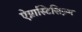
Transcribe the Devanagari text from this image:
ऐग्नास्टिसिज़्म